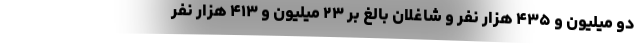
دو میلیون و ۴۳۵ هزار نفر و شاغلان بالغ بر ۲۳ میلیون و ۴۱۳ هزار نفر